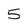
Character: 5